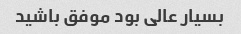
بسیار عالی بود موفق باشید